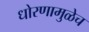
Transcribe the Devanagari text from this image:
धोरणामुळेच